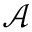
\mathcal { A }